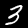
Label: 3